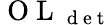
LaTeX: \mathrm{~O~L~}_{\mathrm{~d~e~t~}}